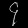
Digit: ၄